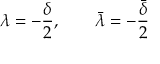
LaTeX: \lambda = - \frac { \delta } { 2 } , ~ ~ ~ ~ ~ ~ \bar { \lambda } = - \frac { \bar { \delta } } { 2 }